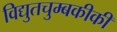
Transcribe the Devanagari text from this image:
विद्युतचुम्बकीकी